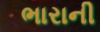
ભારાની